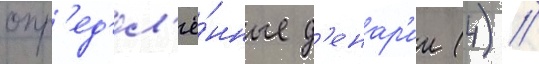
опр'ед'ел'ё́нные д'енар'ии (4) /